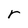
Character: r